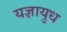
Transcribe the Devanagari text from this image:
यज्ञायुध